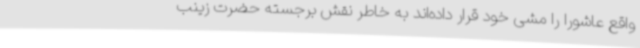
واقع عاشورا را مشی خود قرار داده‌اند به خاطر نقش برجسته حضرت زینب